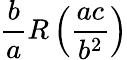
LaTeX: {\frac{b}{a}}R\left({\frac{ac}{b^{2}}}\right)